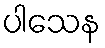
ပါသေန